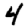
Digit: 4